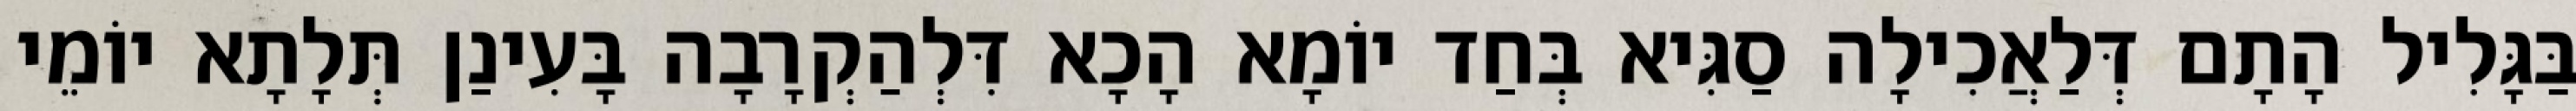
בַּגָּלִיל הָתָם דְּלַאֲכִילָה סַגִּיא בְּחַד יוֹמָא הָכָא דִּלְהַקְרָבָה בָּעִינַן תְּלָתָא יוֹמֵי